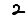
Digit: 2